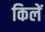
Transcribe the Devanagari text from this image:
किलें